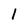
Character: l